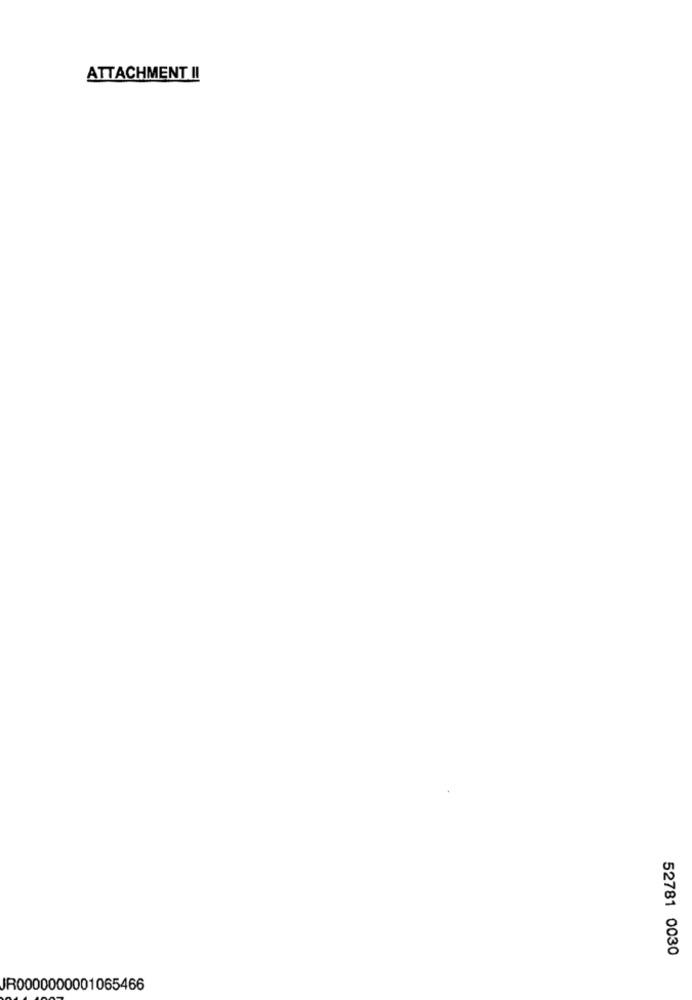
ATTACHMENT II
52781 0030
IR0000000001065466